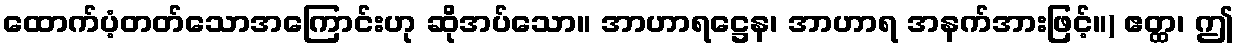
ထောက်ပံ့တတ်သောအကြောင်းဟု ဆိုအပ်သော။ အာဟာရဋ္ဌေန၊ အာဟာရ အနက်အားဖြင့်။) ဧတ္ထ၊ ဤ